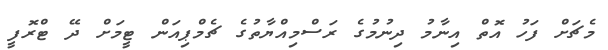
މެޗަށް ފަހު އޮތް އިނާމު ދިނުމުގެ ރަސްމިއްޔާތުގެ ޗެމްޕިއަން ޓީމަށް ދޭ ޓްރޮފީ